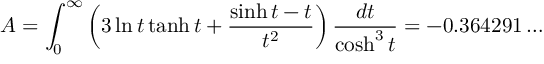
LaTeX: A = \int _ { 0 } ^ { \infty } \left( 3 \ln t \operatorname { t a n h } t + \frac { \sinh t - t } { t ^ { 2 } } \right) \frac { d t } { \cosh ^ { 3 } t } = - 0 . 3 6 4 2 9 1 \ldots